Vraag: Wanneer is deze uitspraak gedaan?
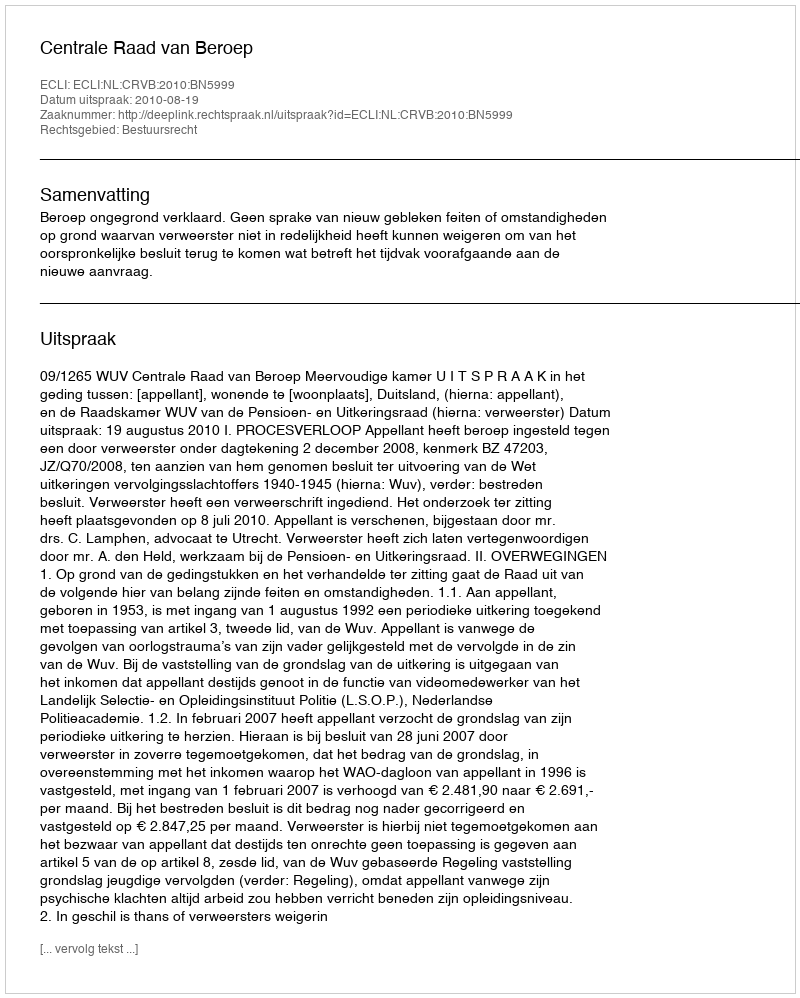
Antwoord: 2010-08-19